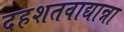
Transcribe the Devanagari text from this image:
दहशतवाद्यान्ना